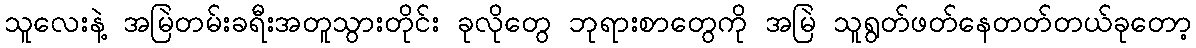
သူလေးနဲ့ အမြဲတမ်းခရီးအတူသွားတိုင်း ခုလိုတွေ ဘုရားစာတွေကို အမြဲ သူရွတ်ဖတ်နေတတ်တယ်ခုတော့